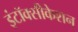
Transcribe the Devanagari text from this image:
इंटॉक्सीकेशन